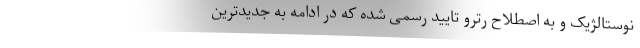
نوستالژیک و به اصطلاح رترو تایید رسمی شده که در ادامه به جدیدترین